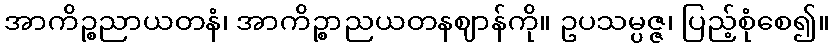
အာကိဉ္စညာယတနံ၊ အာကိဉ္စာညယတနဈာန်ကို။ ဥပသမ္ပဇ္ဇ၊ ပြည့်စုံစေ၍။